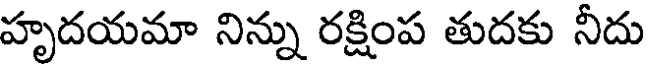
హృదయమా నిన్ను రక్షింప తుదకు నీదు